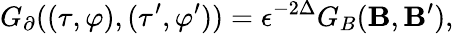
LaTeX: G_{\partial}((\tau,\varphi),(\tau^{\prime},\varphi^{\prime}))=\epsilon^{-2\Delta}G_{B}({\mathbf B},{\mathbf B^{\prime}}),